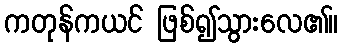
ကတုန်ကယင် ဖြစ်၍သွားလေ၏။